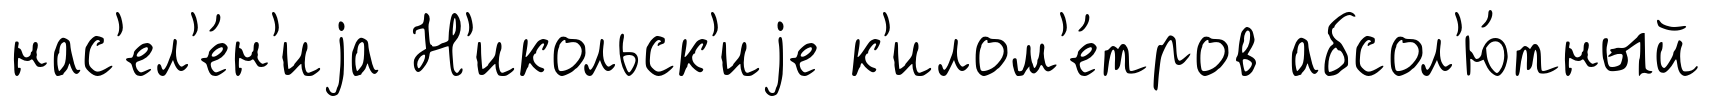
нас'ел'е́н'иjа Н'икольск'иjе к'илом'е́тров абсол'ю́тный